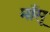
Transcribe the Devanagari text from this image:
माँसू